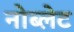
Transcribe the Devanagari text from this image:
नोब्लेट